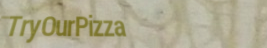
TryOurPizza